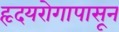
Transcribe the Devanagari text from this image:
हृदयरोगापासून